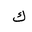
Letter: _kaf